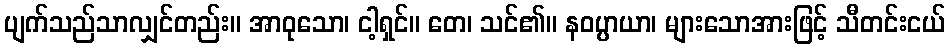
ပျက်သည်သာလျှင်တည်း။ အာဝုသော၊ ငါ့ရှင်။ တေ၊ သင်၏။ နဝပ္ပာယာ၊ များသောအားဖြင့် သီတင်းငယ်